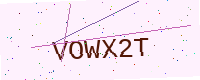
Text: VOWX2T